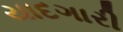
યાદગારી